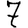
Digit: 7